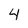
Character: 4